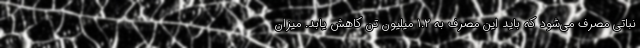
نباتی مصرف می‌شود که باید این مصرف به ۱.۲ میلیون تن کاهش یابد. میزان